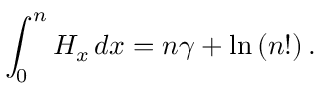
\int _ { 0 } ^ { n } H _ { x } \, d x = n \gamma + \ln { ( n ! ) } \, .